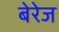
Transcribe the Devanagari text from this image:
बेरेज